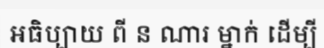
អធិប្បាយ ពី ន ណារ ម្នាក់ ដើម្បី